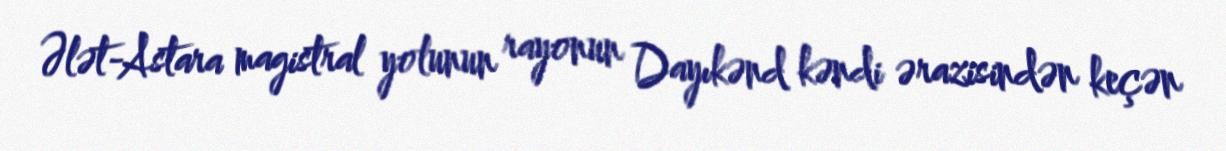
Ələt-Astara magistral yolunun rayonun Dayıkənd kəndi ərazisindən keçən